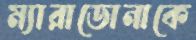
ম্যারাডোনাকে